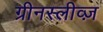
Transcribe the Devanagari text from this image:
ग्रीनस्लीव्ज़